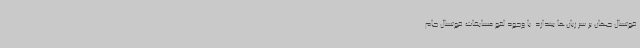
فوتسال جهان بر سر زبان‌ها بیندازد. با وجود لغو مسابقات فوتسال جام